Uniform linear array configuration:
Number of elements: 64
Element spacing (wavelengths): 1
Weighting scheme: uniform
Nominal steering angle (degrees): -45
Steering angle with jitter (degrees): -43.927
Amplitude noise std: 0.05
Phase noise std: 0.05

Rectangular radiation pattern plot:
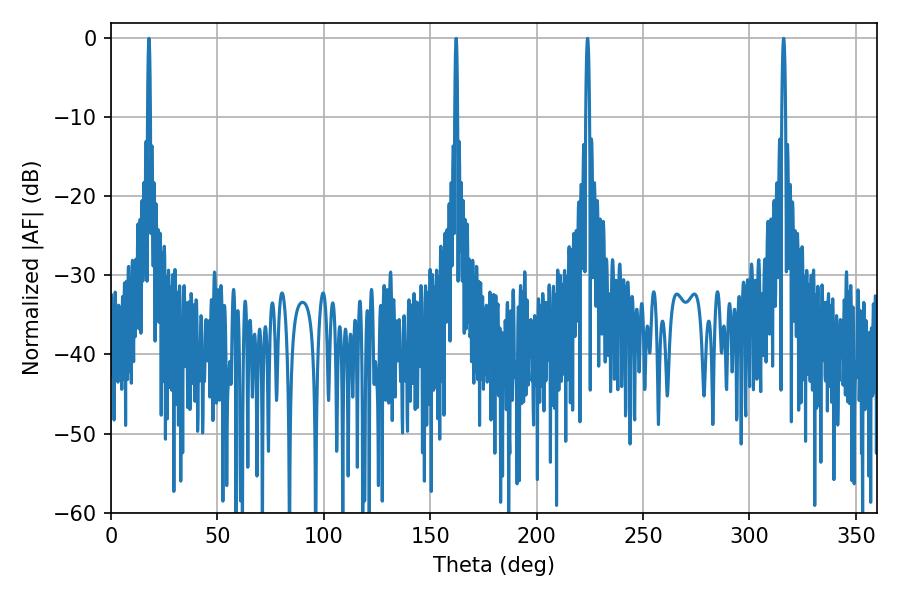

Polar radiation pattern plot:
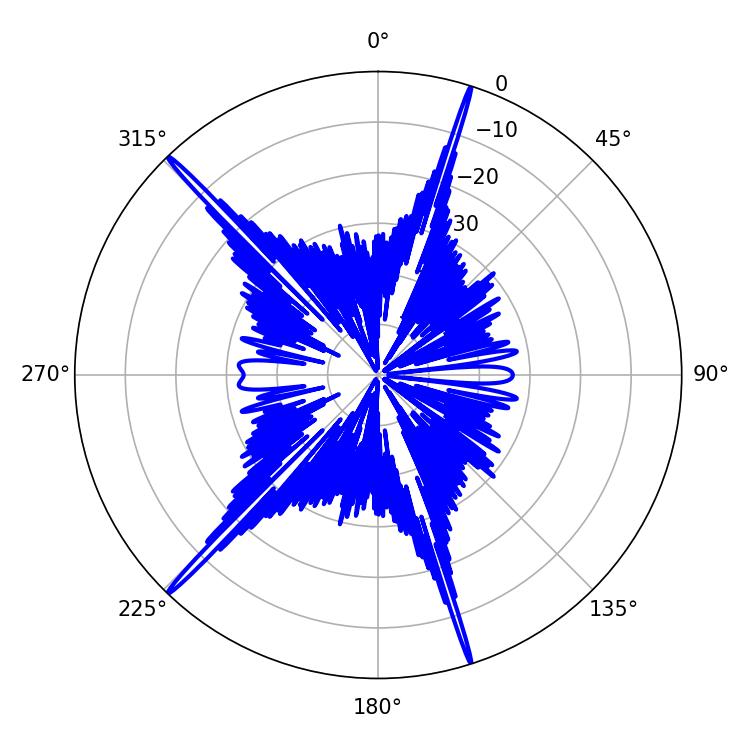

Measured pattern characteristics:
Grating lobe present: TRUE
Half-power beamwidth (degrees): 0.72
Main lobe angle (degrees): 17.82